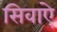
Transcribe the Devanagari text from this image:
सिवाऐ